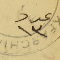
عدد ١٣